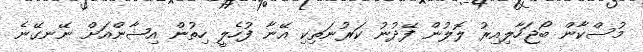
މުސްކާން ބޯޖަހާލިއިރު ލޮލުން ފޭދުނު ކަރުނަތިކި އޭނާ ފުހެލީ ހިތުން އިޝާންއަށް ނޭނގޭނެ